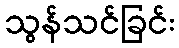
သွန်သင်ခြင်း